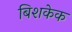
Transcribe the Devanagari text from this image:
बिशकेक